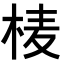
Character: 𭪄